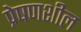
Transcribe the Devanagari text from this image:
प्रेषणशील